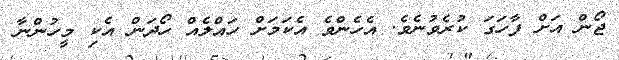
ޖޯން އަށް ފާހަގަ ކުރެވުނެވެ. އެހެންވެ އެކަމަށް ހައްލެއް ހޯދަން އެކި މީހުންނާ